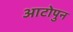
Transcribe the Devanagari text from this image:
आटोपुन